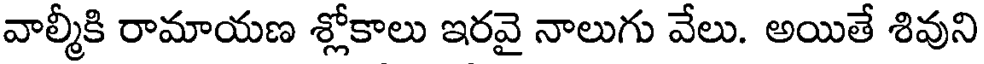
వాల్మీకి రామాయణ శ్లోకాలు ఇరవై నాలుగు వేలు. అయితే శివుని